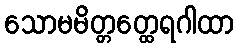
သောမမိတ္တတ္ထေရဂါထာ